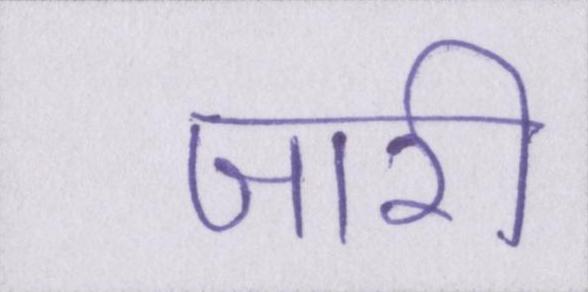
जारी